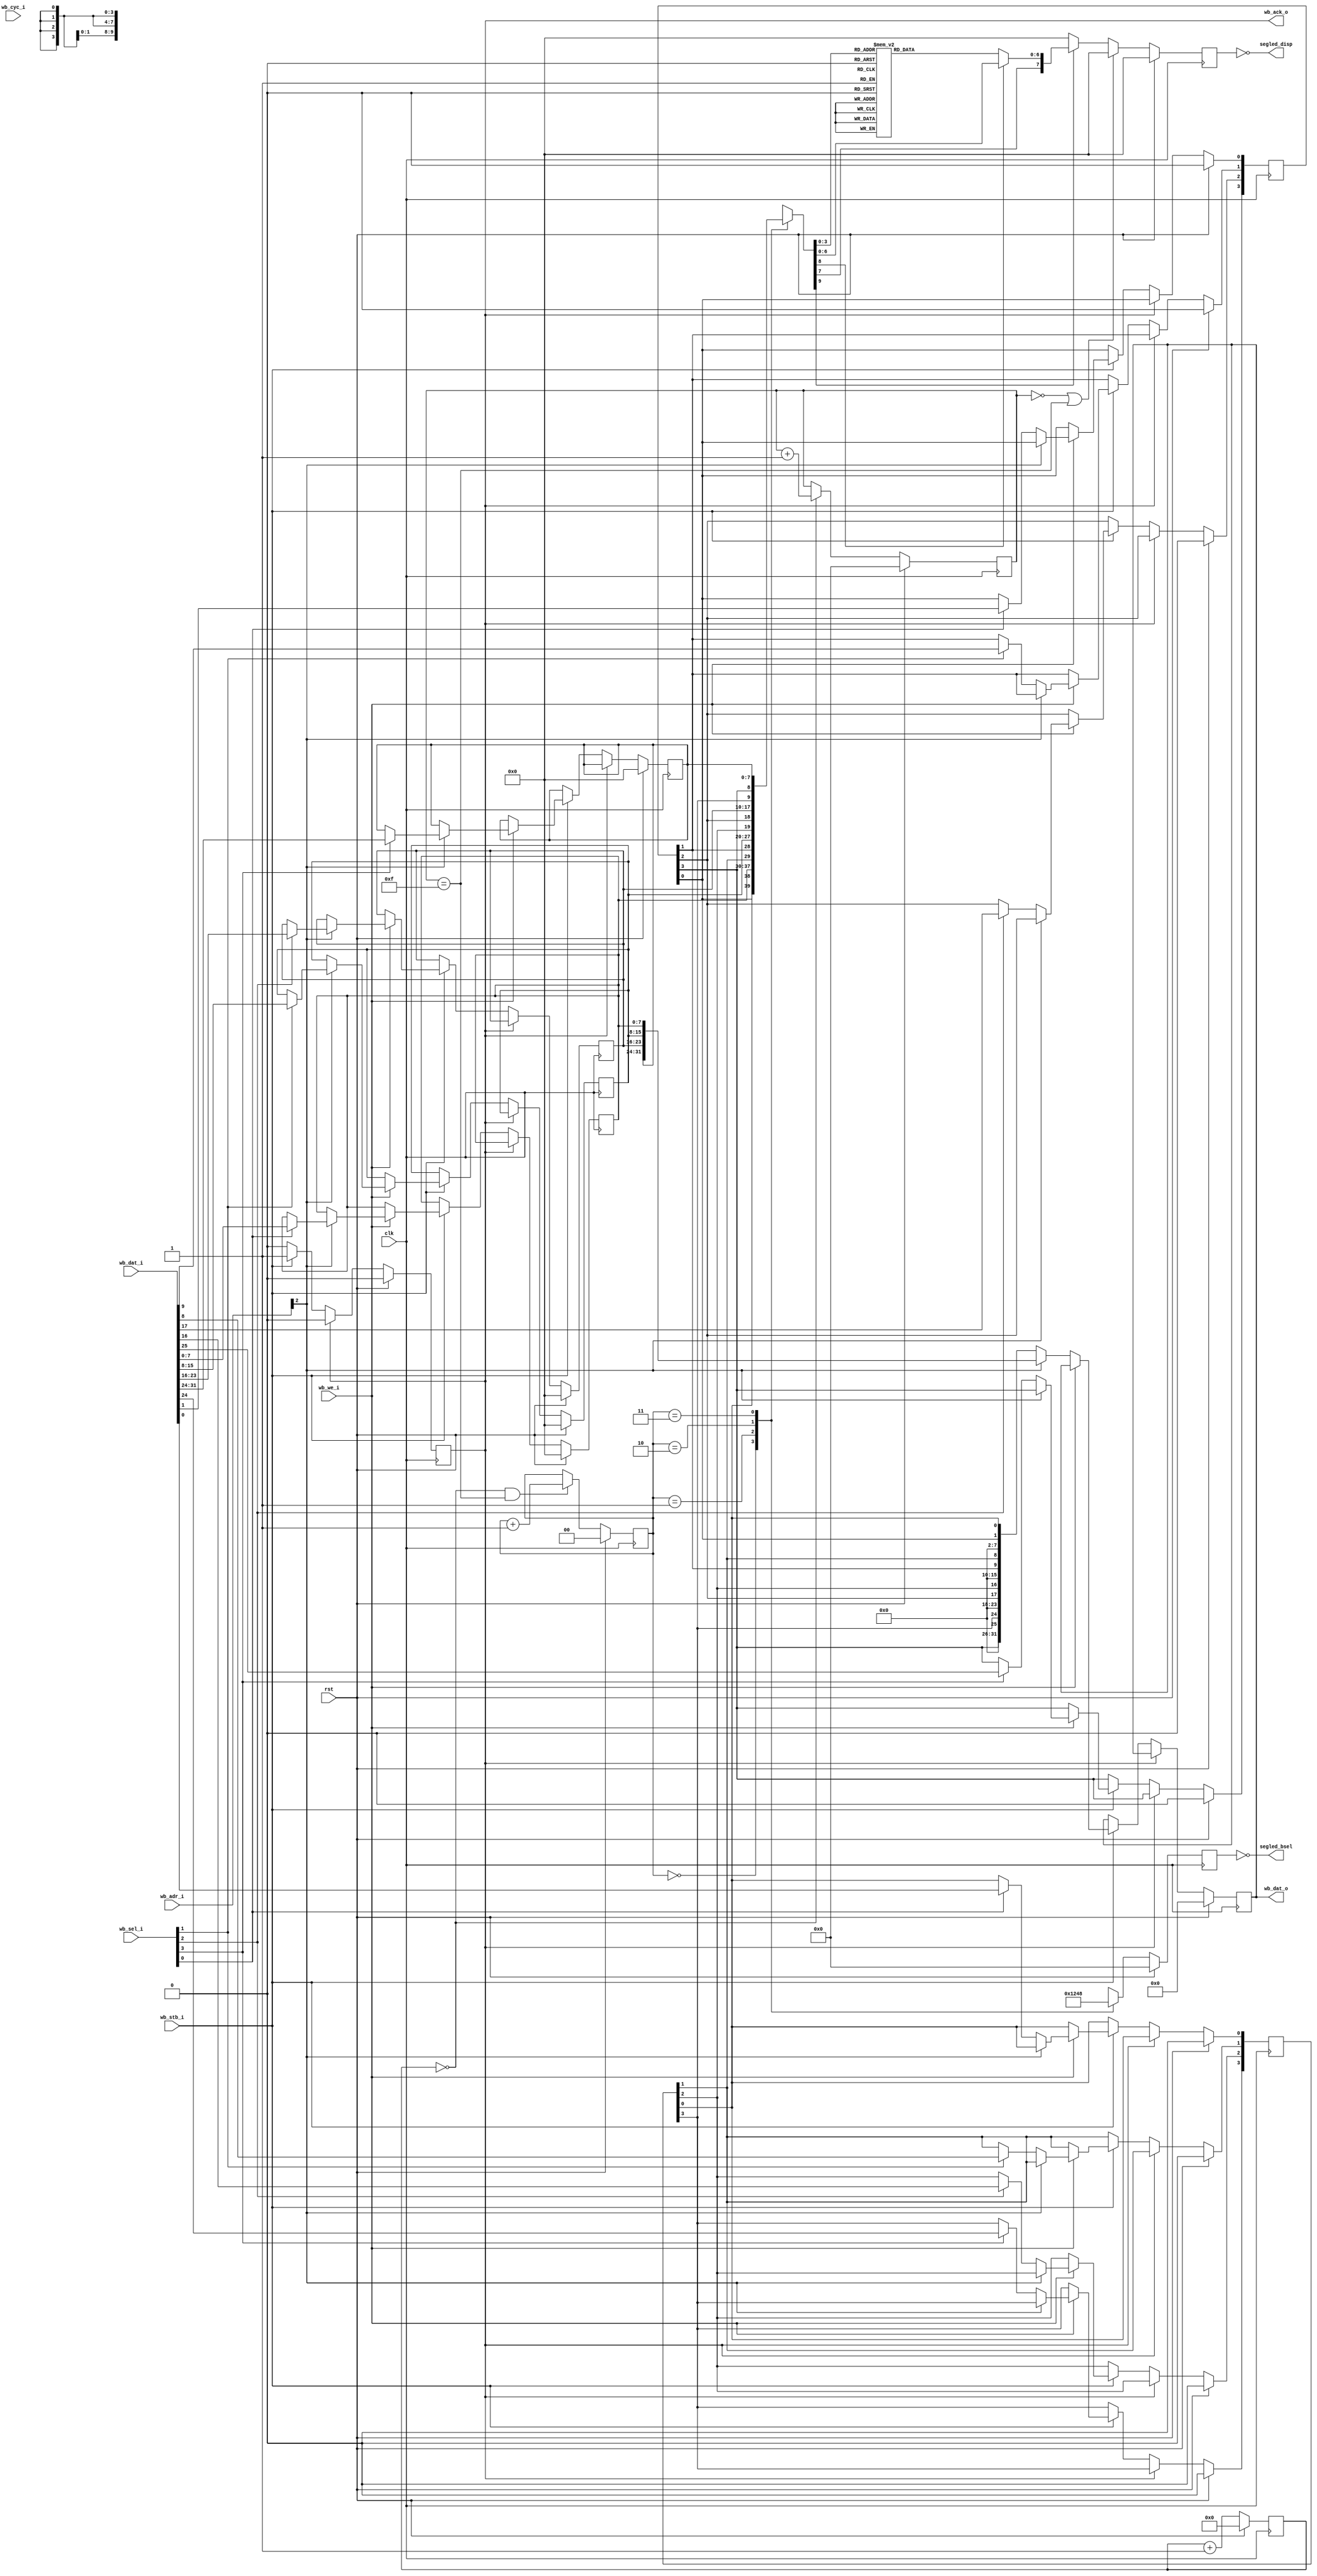
module segled_wb32(
	input clk,
	input rst,
	
	// Wishbone32 slave
	input         wb_cyc_i,
	input         wb_stb_i,
	input         wb_we_i,
	input  [ 3:0] wb_sel_i,
	input  [31:0] wb_adr_i,
	input  [31:0] wb_dat_i,

	output        wb_ack_o,
	output [31:0] wb_dat_o,
	
	// Segled
    output [3:0] segled_bsel,
    output [7:0] segled_disp
);

reg [3:0] segled_passthrough;
reg [3:0] segled_en;

reg [7:0] segled_data3;
reg [7:0] segled_data2;
reg [7:0] segled_data1;
reg [7:0] segled_data0;

/*  Reg IF 
0x00-0x03 {6'b0, pass3, en3, 6'b0, pass2, en2, 6'b0, pass1, en1, 6'b0, pass0, en0 }
0x04-0x07 {data3, data2, data1, data0}
*/

// Wishbone logic
reg wb_ack_r;
reg [31:0] wb_dat_o_r;

assign wb_ack_o = wb_ack_r;
assign wb_dat_o = wb_dat_o_r;

always @(posedge clk) begin
	if(rst) begin
		segled_passthrough <= 4'b0;
		segled_en <= 4'b0;
		segled_data3 <= 8'b0;
		segled_data2 <= 8'b0;
		segled_data1 <= 8'b0;
		segled_data0 <= 8'b0;
		
		wb_ack_r <= 1'b0;
		wb_dat_o_r <= 32'b0;
	end else begin
		if(wb_ack_r) begin
			wb_ack_r <= 1'b0;
		end else begin
			if(wb_stb_i) begin
				wb_ack_r <= 1'b1;
				if(wb_we_i) begin
					if (wb_adr_i[2]) begin
						// data
						if (wb_sel_i[3]) segled_data3 <= wb_dat_i[31:24];
						if (wb_sel_i[2]) segled_data2 <= wb_dat_i[23:16];
						if (wb_sel_i[1]) segled_data1 <= wb_dat_i[15: 8];
						if (wb_sel_i[0]) segled_data0 <= wb_dat_i[ 7: 0];
					end else begin
						// conf
						if (wb_sel_i[3]) {segled_passthrough[3], segled_en[3]} <= wb_dat_i[25:24];
						if (wb_sel_i[2]) {segled_passthrough[2], segled_en[2]} <= wb_dat_i[17:16];
						if (wb_sel_i[1]) {segled_passthrough[1], segled_en[1]} <= wb_dat_i[ 9: 8];
						if (wb_sel_i[0]) {segled_passthrough[0], segled_en[0]} <= wb_dat_i[ 1: 0];
					end
				end else begin
					if (wb_adr_i[2]) begin
						wb_dat_o_r <= {segled_data3, segled_data2, segled_data1, segled_data0};
					end else begin
						wb_dat_o_r <= {6'b0, segled_passthrough[3], segled_en[3],
									   6'b0, segled_passthrough[2], segled_en[2],
									   6'b0, segled_passthrough[1], segled_en[1],
									   6'b0, segled_passthrough[0], segled_en[0]};
					end
				end
			end
		end
	end
end


// Display logic
/*  Reg IF 
0x00-0x03 {6'b0, pass3, en3, 6'b0, pass2, en2, 6'b0, pass1, en1, 6'b0, pass0, en0 }
0x04-0x07 {data3, data2, data1, data0}
*/

// Clkdiv
reg [11:0] clkdiv_cnt;

// Counter
reg [3:0] refresh_counter;
reg [1:0] active_seg;
    
// select -> decode
reg decode_en_in;
reg decode_passthrough_in;
reg [7:0] decode_dat_in;
// decode -> out
reg [7:0] decode_out;

// out
reg [7:0] segled_disp_reg;
reg [3:0] segled_bsel_reg;

// Clkdiv    
always @(posedge clk) begin
	if(rst) begin
		clkdiv_cnt <= 12'b0;
	end else begin
		clkdiv_cnt <= clkdiv_cnt + 1'b1;
	end
end

// Counter refresh
always @(posedge clk) begin
	if(rst) begin
		refresh_counter <= 4'b0;
	end else begin
		if(clkdiv_cnt == 0) begin
			refresh_counter <= refresh_counter + 1'b1;
		end
	end
end

// Counter segment
always @(posedge clk) begin
	if(rst) begin
		active_seg <= 2'b0;
	end else begin
		if(clkdiv_cnt == 0 && refresh_counter == 4'b1111) begin
			active_seg <= active_seg + 1'b1;
		end
	end
end

// Active segment select
always @(*) begin
	case (active_seg)
		2'b00: {decode_en_in, decode_passthrough_in, decode_dat_in} <= {segled_en[0], segled_passthrough[0], segled_data0};
		2'b01: {decode_en_in, decode_passthrough_in, decode_dat_in} <= {segled_en[1], segled_passthrough[1], segled_data1};
		2'b10: {decode_en_in, decode_passthrough_in, decode_dat_in} <= {segled_en[2], segled_passthrough[2], segled_data2};
		2'b11: {decode_en_in, decode_passthrough_in, decode_dat_in} <= {segled_en[3], segled_passthrough[3], segled_data3};
	endcase
end
// Segment data decode
always @(*) begin
	if (decode_en_in) begin
		if (decode_passthrough_in) begin
			decode_out = decode_dat_in;
		end else begin
			decode_out[7] = decode_dat_in[7];
			case(decode_dat_in[3:0])
            4'b0000: decode_out[6:0] <= 7'b0111111;
            4'b0001: decode_out[6:0] <= 7'b0000110;
            4'b0010: decode_out[6:0] <= 7'b1011011;
            4'b0011: decode_out[6:0] <= 7'b1001111;
            4'b0100: decode_out[6:0] <= 7'b1100110;
            4'b0101: decode_out[6:0] <= 7'b1101101;
            4'b0110: decode_out[6:0] <= 7'b1111101;
            4'b0111: decode_out[6:0] <= 7'b0000111;
            4'b1000: decode_out[6:0] <= 7'b1111111;
            4'b1001: decode_out[6:0] <= 7'b1101111;
            4'b1010: decode_out[6:0] <= 7'b1110111;
            4'b1011: decode_out[6:0] <= 7'b1111100;
            4'b1100: decode_out[6:0] <= 7'b0111001;
            4'b1101: decode_out[6:0] <= 7'b1011110;
            4'b1110: decode_out[6:0] <= 7'b1111001;
            4'b1111: decode_out[6:0] <= 7'b1110001;
            endcase
		end
	end else begin
		decode_out = 8'b00000000;
	end
end

// Out reg
always @(posedge clk) begin
	if(rst) begin
		segled_disp_reg <= 8'b0;
	end else begin
		if(refresh_counter == 4'b0000 || refresh_counter == 4'b1111) begin
			segled_disp_reg <= 8'b0;
		end else begin
			segled_disp_reg <= decode_out;
		end
	end
end

always @(posedge clk) begin
	if(rst) begin
		segled_bsel_reg <= 4'b0;
	end else begin
		case(active_seg)
		2'b00: segled_bsel_reg <= 4'b0001;
		2'b01: segled_bsel_reg <= 4'b0010;
		2'b10: segled_bsel_reg <= 4'b0100;
		2'b11: segled_bsel_reg <= 4'b1000;
		endcase
	end
end

assign segled_bsel = ~segled_bsel_reg;
assign segled_disp = ~segled_disp_reg;

endmodule